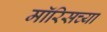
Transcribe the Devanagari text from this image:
मॉरिसच्या